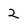
Character: 2